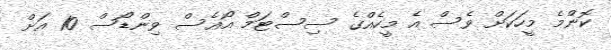
ކޮންމެ މީހަކަށް ވެސް އެ މީހެއްގެ ސިސްޓަމް އޯއެސް ވިންޑޯސް 10 އަށް